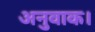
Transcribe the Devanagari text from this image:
अनुवाक।